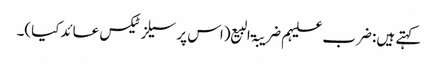
کہتے ہیں: ضرب علیہم ضریبۃ البیع (اس پر سیلز ٹیکس عائدکیا)۔